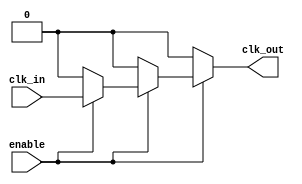
module clock_tree_buffer #(parameter NUM_STAGES = 3, parameter BUFFER_SIZE = 2) (
    input wire clk_in,               // Input clock signal
    input wire enable,               // Enable signal for the clock tree
    output wire clk_out              // Output clock signal
);

    // Intermediate clock signals for each stage
    wire [NUM_STAGES-1:0] clk_stages;

    // Generate clock buffers for each stage
    genvar i;
    generate
        for (i = 0; i < NUM_STAGES; i = i + 1) begin : buffer_stage
            if (i == 0) begin
                // First stage drives directly from input clock
                assign clk_stages[i] = enable ? clk_in : 1'b0; // Disable if not enabled
            end else begin
                // Subsequent stages drive from previous stage
                assign clk_stages[i] = enable ? (clk_stages[i-1] & {BUFFER_SIZE{1'b1}}) : 1'b0; // Buffering logic
            end
        end
    endgenerate

    // Final output clock signal
    assign clk_out = clk_stages[NUM_STAGES-1];

endmodule